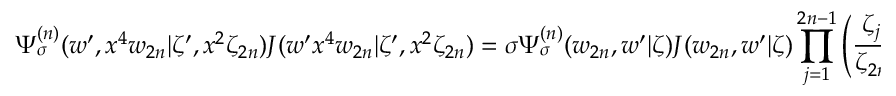
\Psi _ { \sigma } ^ { ( n ) } ( w ^ { \prime } , x ^ { 4 } w _ { 2 n } | \zeta ^ { \prime } , x ^ { 2 } \zeta _ { 2 n } ) J ( w ^ { \prime } x ^ { 4 } w _ { 2 n } | \zeta ^ { \prime } , x ^ { 2 } \zeta _ { 2 n } ) = \sigma \Psi _ { \sigma } ^ { ( n ) } ( w _ { 2 n } , w ^ { \prime } | \zeta ) J ( w _ { 2 n } , w ^ { \prime } | \zeta ) \prod _ { j = 1 } ^ { 2 n - 1 } \left( \frac { \zeta _ { j } } { \zeta _ { 2 n } } \right) ^ { \frac { 1 } { r } } ,